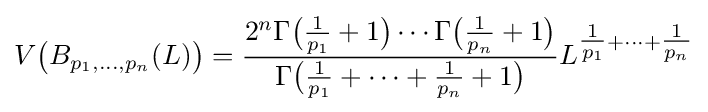
V{\bigl (}B_{p_{1},\ldots ,p_{n}}(L){\bigr )}={\frac {2^{n}\Gamma {\bigl (}{\tfrac {1}{p_{1}}}+1{\bigr )}\cdots \Gamma {\bigl (}{\tfrac {1}{p_{n}}}+1{\bigr )}}{\Gamma {\bigl (}{\tfrac {1}{p_{1}}}+\cdots +{\tfrac {1}{p_{n}}}+1{\bigr )}}}L^{{\tfrac {1}{p_{1}}}+\cdots +{\tfrac {1}{p_{n}}}}